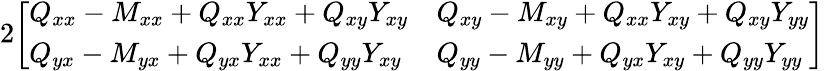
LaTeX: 2{\left[\begin{array}{ll}{Q_{xx}-M_{xx}+Q_{xx}Y_{xx}+Q_{xy}Y_{xy}}&{Q_{xy}-M_{xy}+Q_{xx}Y_{xy}+Q_{xy}Y_{yy}}\\ {Q_{yx}-M_{yx}+Q_{yx}Y_{xx}+Q_{yy}Y_{xy}}&{Q_{yy}-M_{yy}+Q_{yx}Y_{xy}+Q_{yy}Y_{yy}}\end{array}\right]}